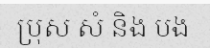
ប្រុស សំ និង បង